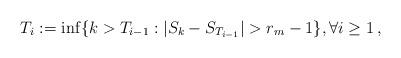
LaTeX: \begin{align*}T_i :=\inf \{k>T_{i-1} : |S_k-S_{T_{i-1}}| > r_m-1 \}, \forall i \ge 1 \,,\end{align*}